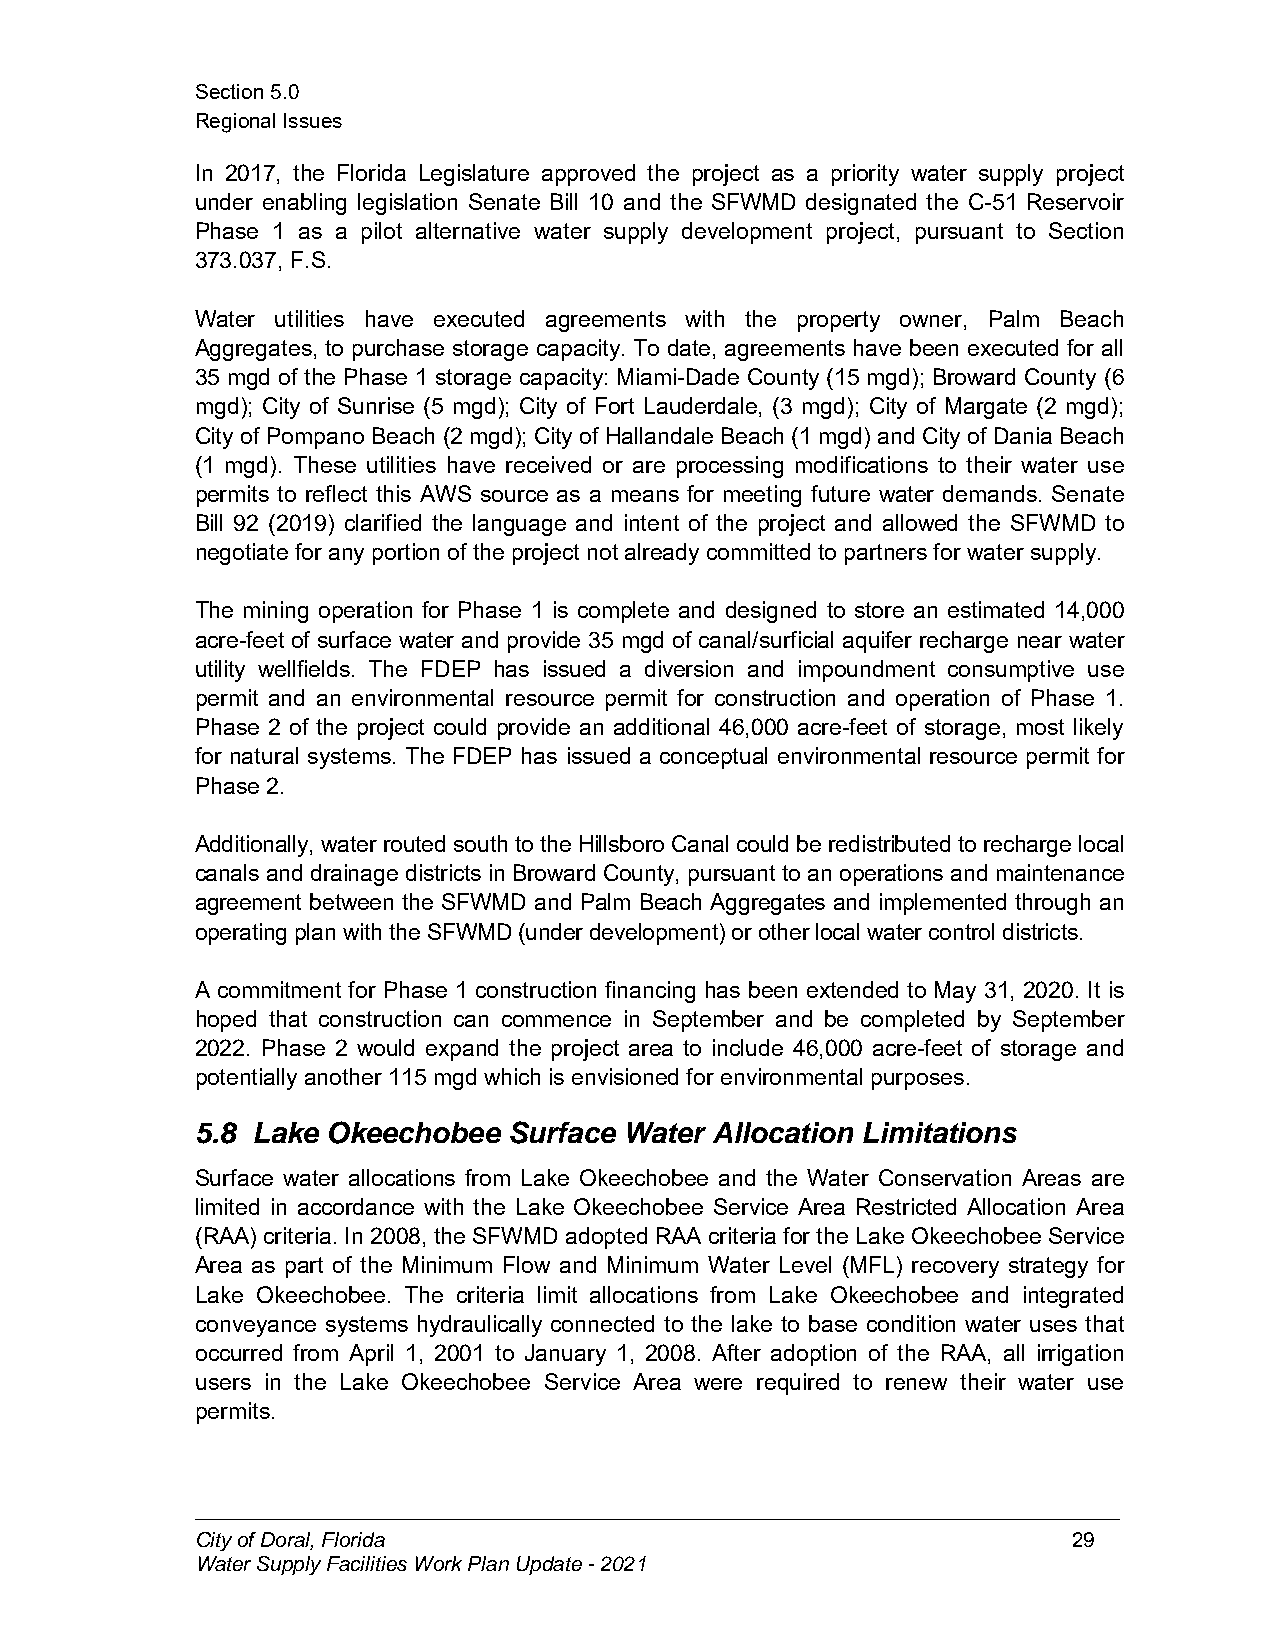
Section5.0
 RegionalIssues
 In 2017, the Florida Legislature approved the project as a priority water supply project
 under enabling legislation Senate Bill 10 and the SFWMD designated the C-51 Reservoir
 Phase 1 as a pilot alternative water supply development project, pursuant to Section
 373.037, F.S.
 Water utilities have executed agreements with the property owner, Palm Beach
 Aggregates, to purchase storage capacity. To date, agreements have been executed for all
 35 mgd of the Phase 1 storage capacity: Miami-Dade County (15 mgd); Broward County (6
 mgd); City of Sunrise (5 mgd); City of Fort Lauderdale, (3 mgd); City of Margate (2 mgd);
 City of Pompano Beach (2 mgd); City of Hallandale Beach (1mgd) andCity of Dania Beach
 (1 mgd). These utilities have received or are processing modifications to their water use
 permits to reflect this AWS source as a means for meeting future water demands. Senate
 Bill 92 (2019) clarified the language and intent of the project and allowed the SFWMD to
 negotiatefor any portionof the project not already committedto partners for water supply.
 The mining operation for Phase 1 is complete and designed to store an estimated 14,000
 acre-feet of surface water and provide 35 mgd of canal/surficial aquifer recharge near water
 utility wellfields. The FDEP has issued a diversion and impoundment consumptive use
 permit and an environmental resource permit for construction and operation of Phase 1.
 Phase 2 of the project could provide an additional 46,000 acre-feet of storage, most likely
 for natural systems. The FDEP has issued a conceptual environmental resource permit for
 Phase 2.
 Additionally, water routedsouthtotheHillsboroCanalcouldberedistributed torechargelocal
 canals and drainage districts in Broward County, pursuant to an operations and maintenance
 agreement between the SFWMD and Palm Beach Aggregates and implemented through an
 operatingplanwiththeSFWMD(underdevelopment)orotherlocalwatercontroldistricts.
 A commitment for Phase 1 construction financing has been extended to May 31, 2020. It is
 hoped that construction can commence in September and be completed by September
 2022. Phase 2 would expand the project area to include 46,000 acre-feet of storage and
 potentially another 115mgd which is envisionedfor environmental purposes.
 5.8 Lake Okeechobee  Surface Water Allocation Limitations
 Surface water allocations from Lake Okeechobee and the Water Conservation Areas are
 limited in accordance with the Lake Okeechobee Service Area Restricted Allocation Area
 (RAA) criteria. In 2008, the SFWMD adopted RAA criteria for the LakeOkeechobee Service
 Area as part of the Minimum Flow and Minimum Water Level (MFL) recovery strategy for
 Lake Okeechobee. The criteria limit allocations from Lake Okeechobee and integrated
 conveyance systems hydraulically connected to the lake to base condition water uses that
 occurred from April 1, 2001 to January 1, 2008. After adoption of the RAA, all irrigation
 users in the Lake Okeechobee Service Area were required to renew their water use
 permits.
 CityofDoral,Florida                                       29
 WaterSupplyFacilitiesWorkPlanUpdate-2021